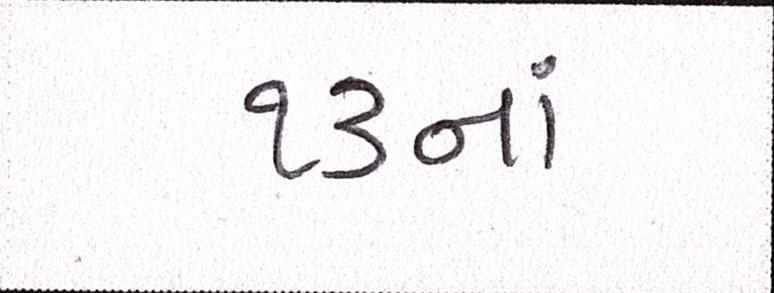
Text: ૧૩નાં